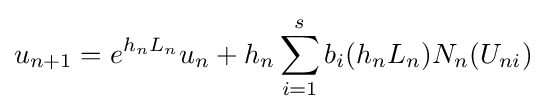
u_{n+1}=e^{h_{n}L_{n}}u_{n}+h_{n}\sum _{i=1}^{s}b_{i}(h_{n}L_{n})N_{n}(U_{ni})